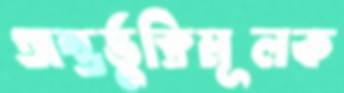
অন্তর্ভুক্তিমূলক